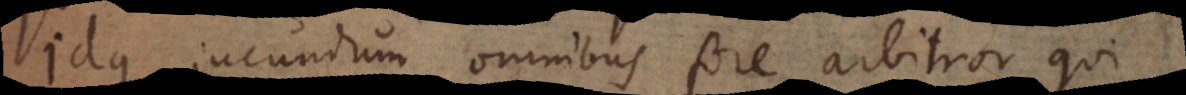
Idque jucundum omnibus fore arbitror qui